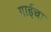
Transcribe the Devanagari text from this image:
गाईचा